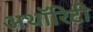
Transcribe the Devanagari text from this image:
अथाॅरिटी